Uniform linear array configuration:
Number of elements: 48
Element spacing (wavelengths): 0.75
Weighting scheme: cosine
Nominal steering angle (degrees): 15
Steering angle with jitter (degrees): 15.164
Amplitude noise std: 0.05
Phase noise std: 0.05

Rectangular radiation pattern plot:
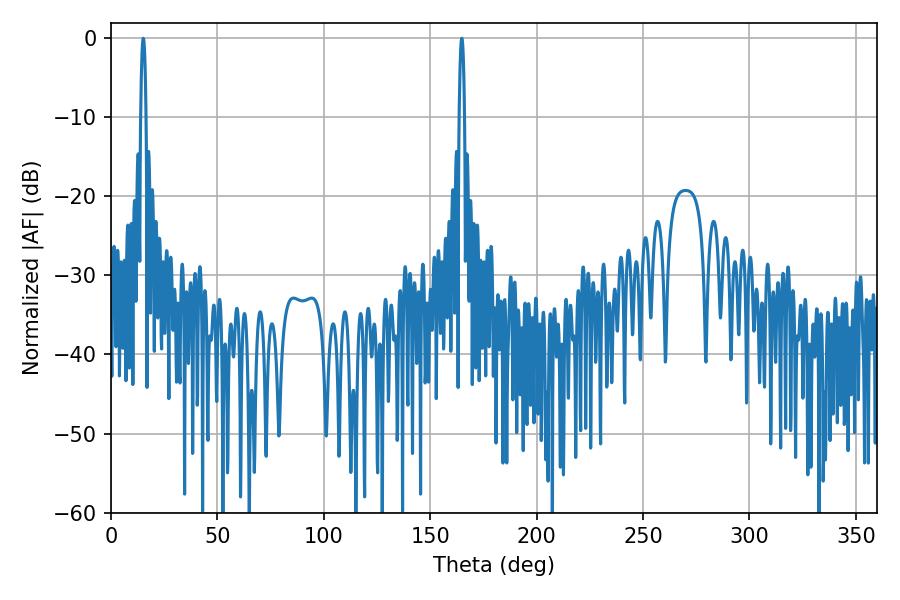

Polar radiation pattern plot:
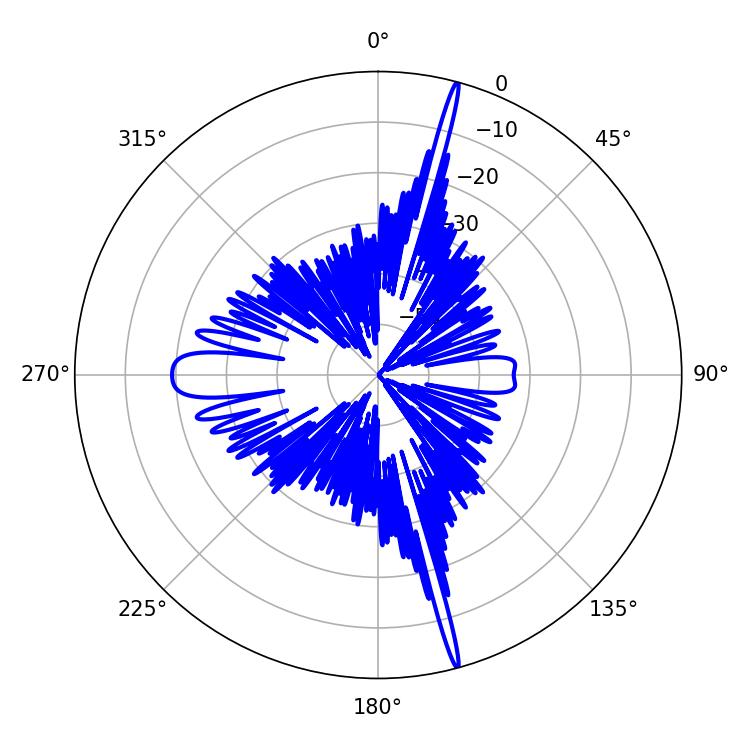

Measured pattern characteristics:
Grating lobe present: TRUE
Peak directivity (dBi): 22.331
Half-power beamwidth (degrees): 1.26
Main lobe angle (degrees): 164.88